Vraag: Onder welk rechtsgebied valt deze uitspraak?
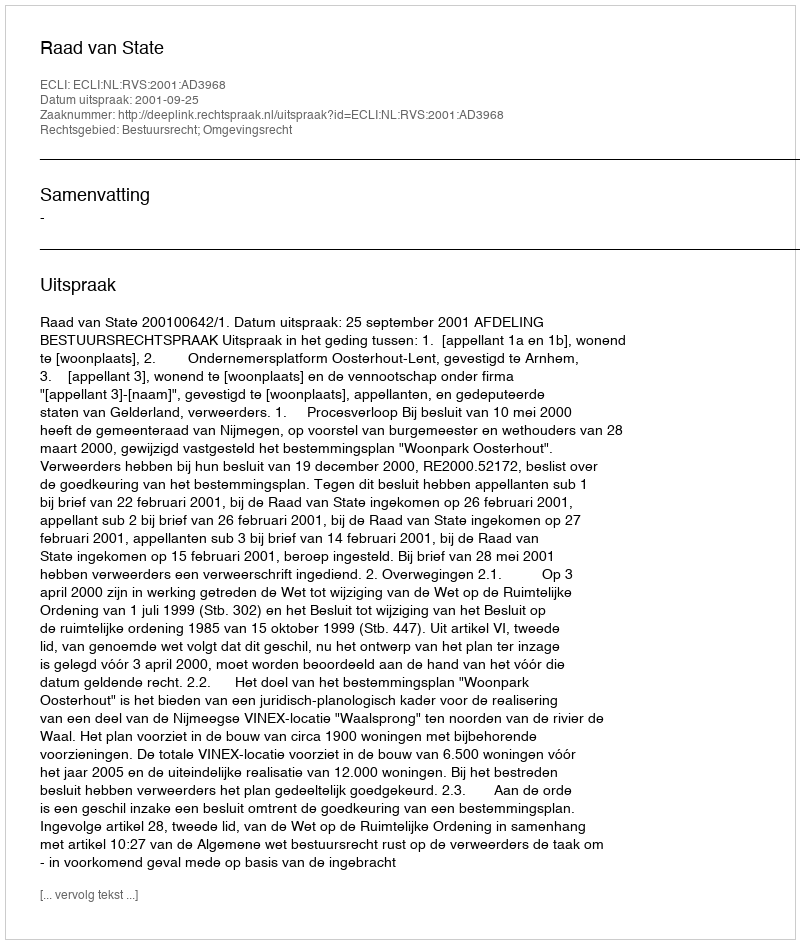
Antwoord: Bestuursrecht; Omgevingsrecht